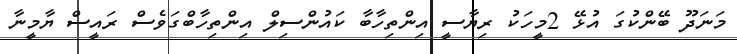
މަނަދޫ ބޭންކުގަ އުޅޭ 2މީހަކު ރިޔާސީ އިންތިހާބާ ކައުންސިލް އިންތިހާބްގަވެސް ރައީސް ޔާމީނާ